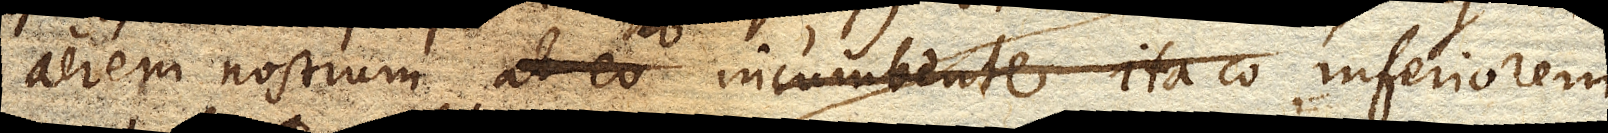
aerem nostrum ab eo ab incumbente ita co inferiorem